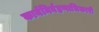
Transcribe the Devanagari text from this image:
कार्यनिर्वहणाधिकारी